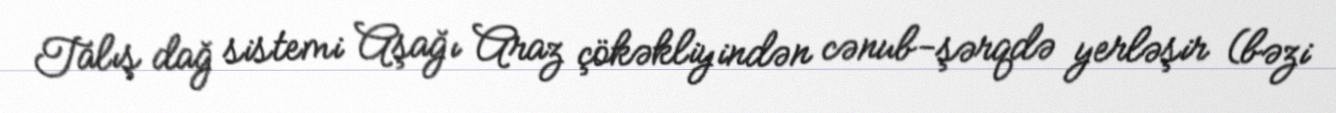
Talış dağ sistemi Aşağı Araz çökəkliyindən cənub-şərqdə yerləşir (bəzi